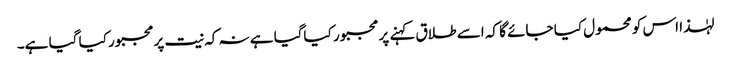
لہٰذا اس کو محمول کیا جائے گا کہ اسے طلاق کہنے پر مجبور کیاگیا ہے نہ کہ نیت پرمجبور کیا گیا ہے۔